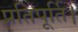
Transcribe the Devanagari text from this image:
प्रतिपूर्ति।